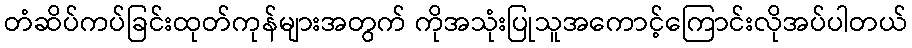
တံဆိပ်ကပ်ခြင်းထုတ်ကုန်များအတွက် ကိုအသုံးပြုသူအကောင့်ကြောင်းလိုအပ်ပါတယ်